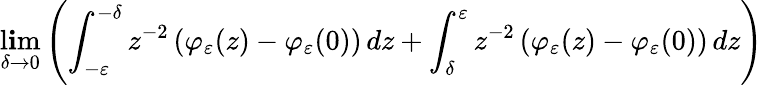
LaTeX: \operatorname*{l\mathbf{i}m}_{\delta\to0}\left(\int_{-\varepsilon}^{-\delta}z^{-2}\left(\varphi_{\varepsilon}(z)-\varphi_{\varepsilon}(0)\right)\mathop{}\! {d{z}}+\int_{\delta}^{\varepsilon}z^{-2}\left(\varphi_{\varepsilon}(z)-\varphi_{\varepsilon}(0)\right)\mathop{}\! {d{z}}\right)